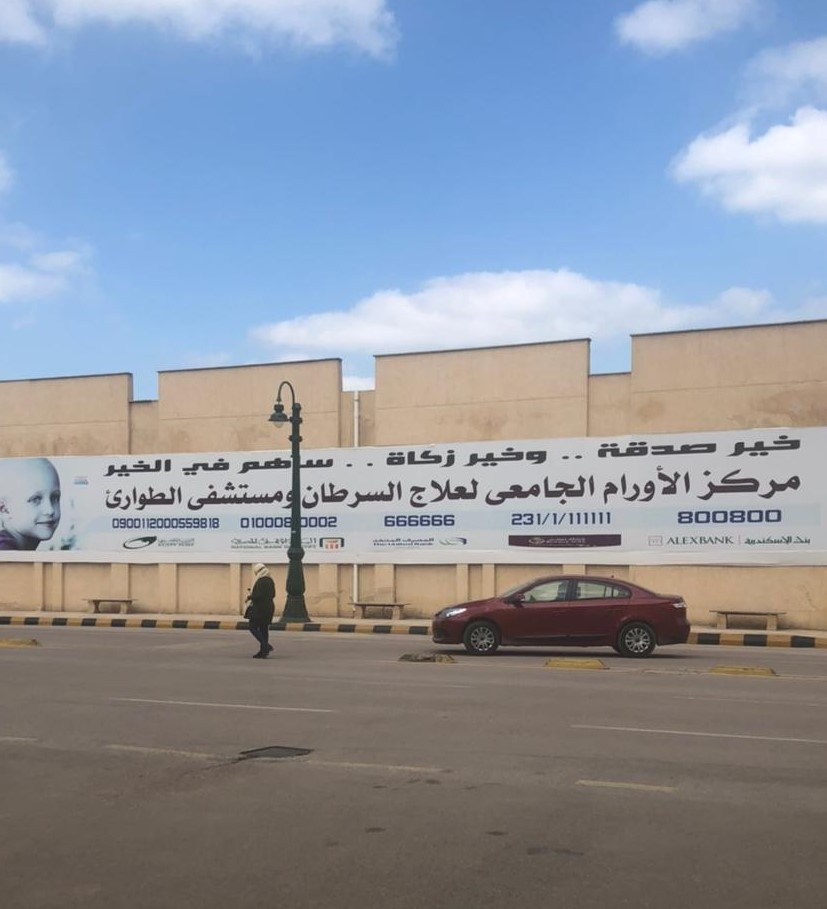
Text in image: خير صدقة وخير زكاة ساهم في الخير مرطز الأورام الجامعى لعلاج السرطان ومستشفى الطوارئ 800800 231/1/111111 010008 0002 666666 0900112000559818 ALEXBANK